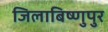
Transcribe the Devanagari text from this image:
जिलाबिष्णुपुर